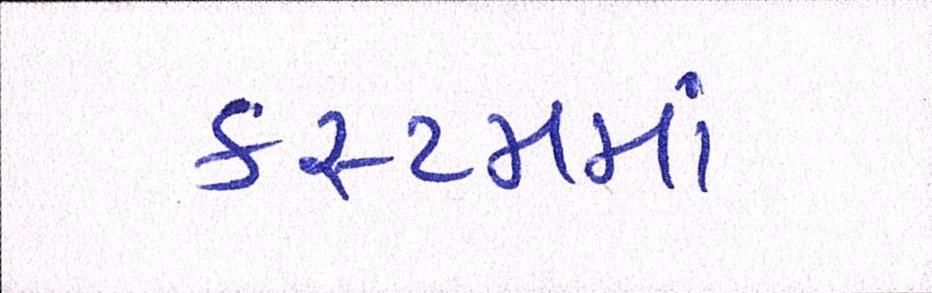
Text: કસ્ટમમાં